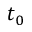
t _ { 0 }